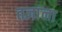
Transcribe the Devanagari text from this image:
तज्ञांना